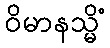
ဝိမာနသ္မိံ